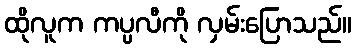
ထိုလူက ကပ္ပလီကို လှမ်းပြောသည်။